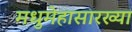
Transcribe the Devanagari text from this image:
मधुमेहासारख्या